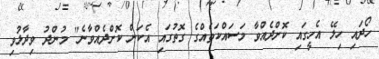
ހޯދައި ހިލޭ އެހީގައި ކޮށްދެއްވާ މަސައްކަތެއްގެ ގޮތުގައި އެކަން ކޮށްދެއްވާނެ" މުންދު ވިދާޅުވި